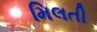
મિલતી